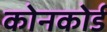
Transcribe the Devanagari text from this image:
कोनकोर्ड